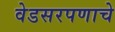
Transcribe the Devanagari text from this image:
वेडसरपणाचे